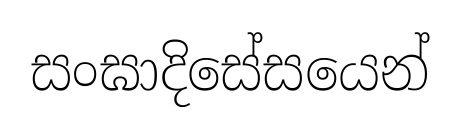
සංඝාදිසේසයෙන්